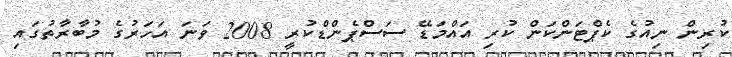
ކުރިން ނިއުގެ ކެޕްޓަންކަން ކުރި އައްމަޑޭ ސަސްޕެންޑްކުރީ 2008 ވަނަ އަހަރުގެ މުބާރާތުގައި